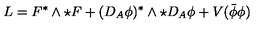
L = F ^ { * } \wedge \star F + ( D _ { A } \phi ) ^ { * } \wedge \star D _ { A } \phi + V ( \bar { \phi } \phi )